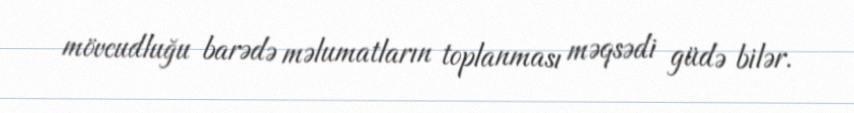
mövcudluğu barədə məlumatların toplanması məqsədi güdə bilər.